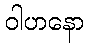
ဝါဟနော